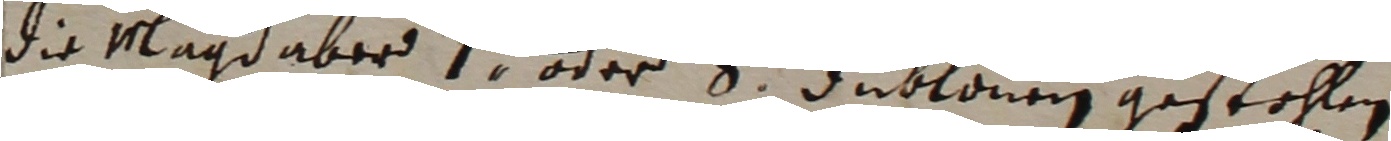
die mlagd aber 7 oder 8 dublonen gestehlen